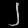
Digit: ၂